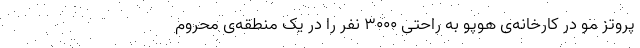
پروتز مو در کارخانه‌ی هوپو به راحتی ۳۰۰۰ نفر را در یک منطقه‌ی محروم